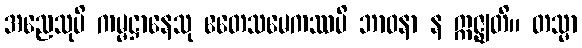
အညေသုပိ ကမ္မဋ္ဌာနေသု ဧတေသမေကဿပိ ဘာဝနာ န ဣဇ္ဈတိ။ တသ္မာ